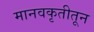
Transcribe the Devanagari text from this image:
मानवकृतीतून